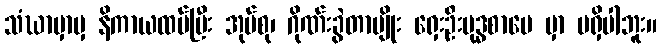
သံဃာမှာမှ နိကာယထပ်ပြီး အုပ်စု၊ ဂိုဏ်းခွဲတာမျိုး ရှေးဦးဗုဒ္ဓစာပေ မှာ မရှိပါဘူး။